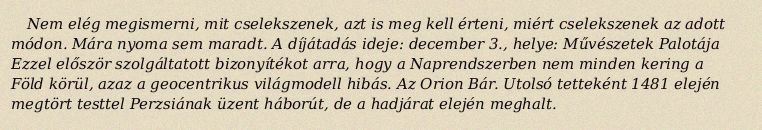
Nem elég megismerni, mit cselekszenek, azt is meg kell érteni, miért cselekszenek az adott módon. Mára nyoma sem maradt. A díjátadás ideje: december 3., helye: Művészetek Palotája Ezzel először szolgáltatott bizonyítékot arra, hogy a Naprendszerben nem minden kering a Föld körül, azaz a geocentrikus világmodell hibás. Az Orion Bár. Utolsó tetteként 1481 elején megtört testtel Perzsiának üzent háborút, de a hadjárat elején meghalt.